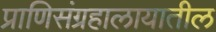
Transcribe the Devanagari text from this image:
प्राणिसंग्रहालायातील